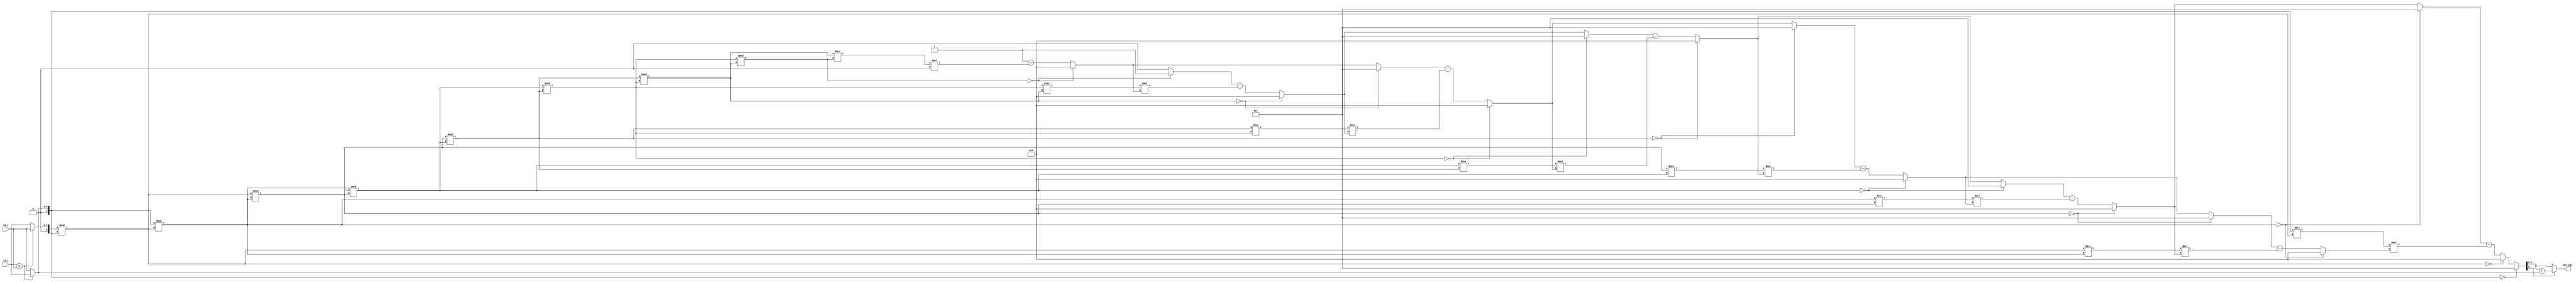
//############################################################################
//++++++++++++++++++++++++++++++++++++++++++++++++++++++++++++++++++++++++++++
//    (C) Copyright Optimum Application-Specific Integrated System Laboratory
//    All Right Reserved
//		Version		: v1.0
//   	Module Name : INV_IP
//++++++++++++++++++++++++++++++++++++++++++++++++++++++++++++++++++++++++++++
//############################################################################

module INV_IP #(parameter IP_WIDTH = 6) (
    // Input signals
    IN_1, IN_2,
    // Output signals
    OUT_INV
);

// ===============================================================
// Declaration
// ===============================================================
input  [IP_WIDTH-1:0] IN_1, IN_2;
output [IP_WIDTH-1:0] OUT_INV;

wire signed [IP_WIDTH:0] wp, wf, wpp;
assign wp = (IN_1 > IN_2)?({1'b0, IN_1}):({1'b0, IN_2});
assign wf = (IN_1 > IN_2)?({1'b0, IN_2}):({1'b0, IN_1});

genvar i0;
generate
    for(i0 = 0; i0 < IP_WIDTH+4; i0 = i0 + 1) begin : fl0
        wire signed [IP_WIDTH:0] wa, wb, wv, wd, ws, wt;
        assign wv = wa/wb;
        if(i0 == 0) begin
            assign wa = wf;
            assign wb = wp;
        end
        else begin
            assign wa = fl0[i0-1].wb;
            assign wb = fl0[i0-1].wa%fl0[i0-1].wb;
        end

        if(i0 == IP_WIDTH+3) begin
            assign wd = wa;
            assign ws = 'b1;
            assign wt = 'b0;
        end
        else begin
            assign wd = (wb == 0)?(wa):(fl0[i0+1].wd);
            assign ws = (wb == 0)?('b1):(fl0[i0+1].wt);
            assign wt = (wb == 0)?('b0):(fl0[i0+1].ws - wv*fl0[i0+1].wt);
        end
    end
endgenerate
assign wpp = (fl0[0].ws + wp);
assign OUT_INV = (fl0[0].ws[IP_WIDTH])?(wpp[IP_WIDTH-1:0]):(fl0[0].ws[IP_WIDTH-1:0]);
endmodule